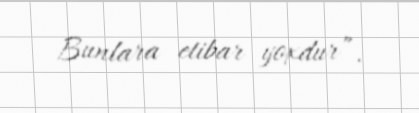
Bunlara etibar yoxdur”.